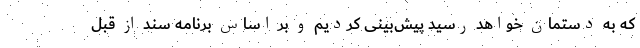
که به دستمان خواهد رسید پیش‌بینی کردیم و بر اساس برنامه سند از قبل